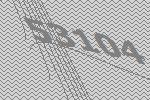
53104